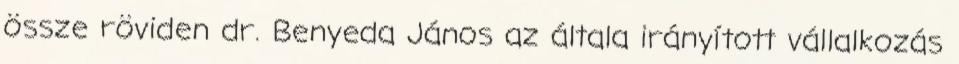
össze röviden dr. Benyeda János az általa irányított vállalkozás